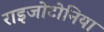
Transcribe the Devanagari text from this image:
राइजोटोनिया